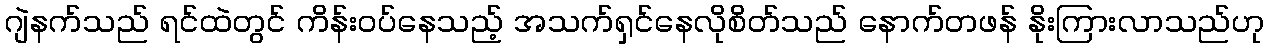
ဂျဲနက်သည် ရင်ထဲတွင် ကိန်းဝပ်နေသည့် အသက်ရှင်နေလိုစိတ်သည် နောက်တဖန် နိုးကြားလာသည်ဟု